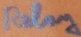
Text: Relay